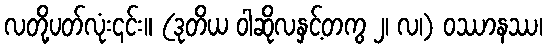
လတို့ပတ်လုံး၎င်း။ (ဒုတိယ ဝါဆိုလနှင့်တကွ ၂၊ လ၊) ဝဿာနဿ၊